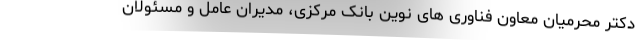
دکتر محرمیان معاون فناوری های نوین بانک مرکزی، مدیران عامل و مسئولان